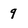
Character: 9